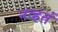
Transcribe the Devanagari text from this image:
नव्‍हतं